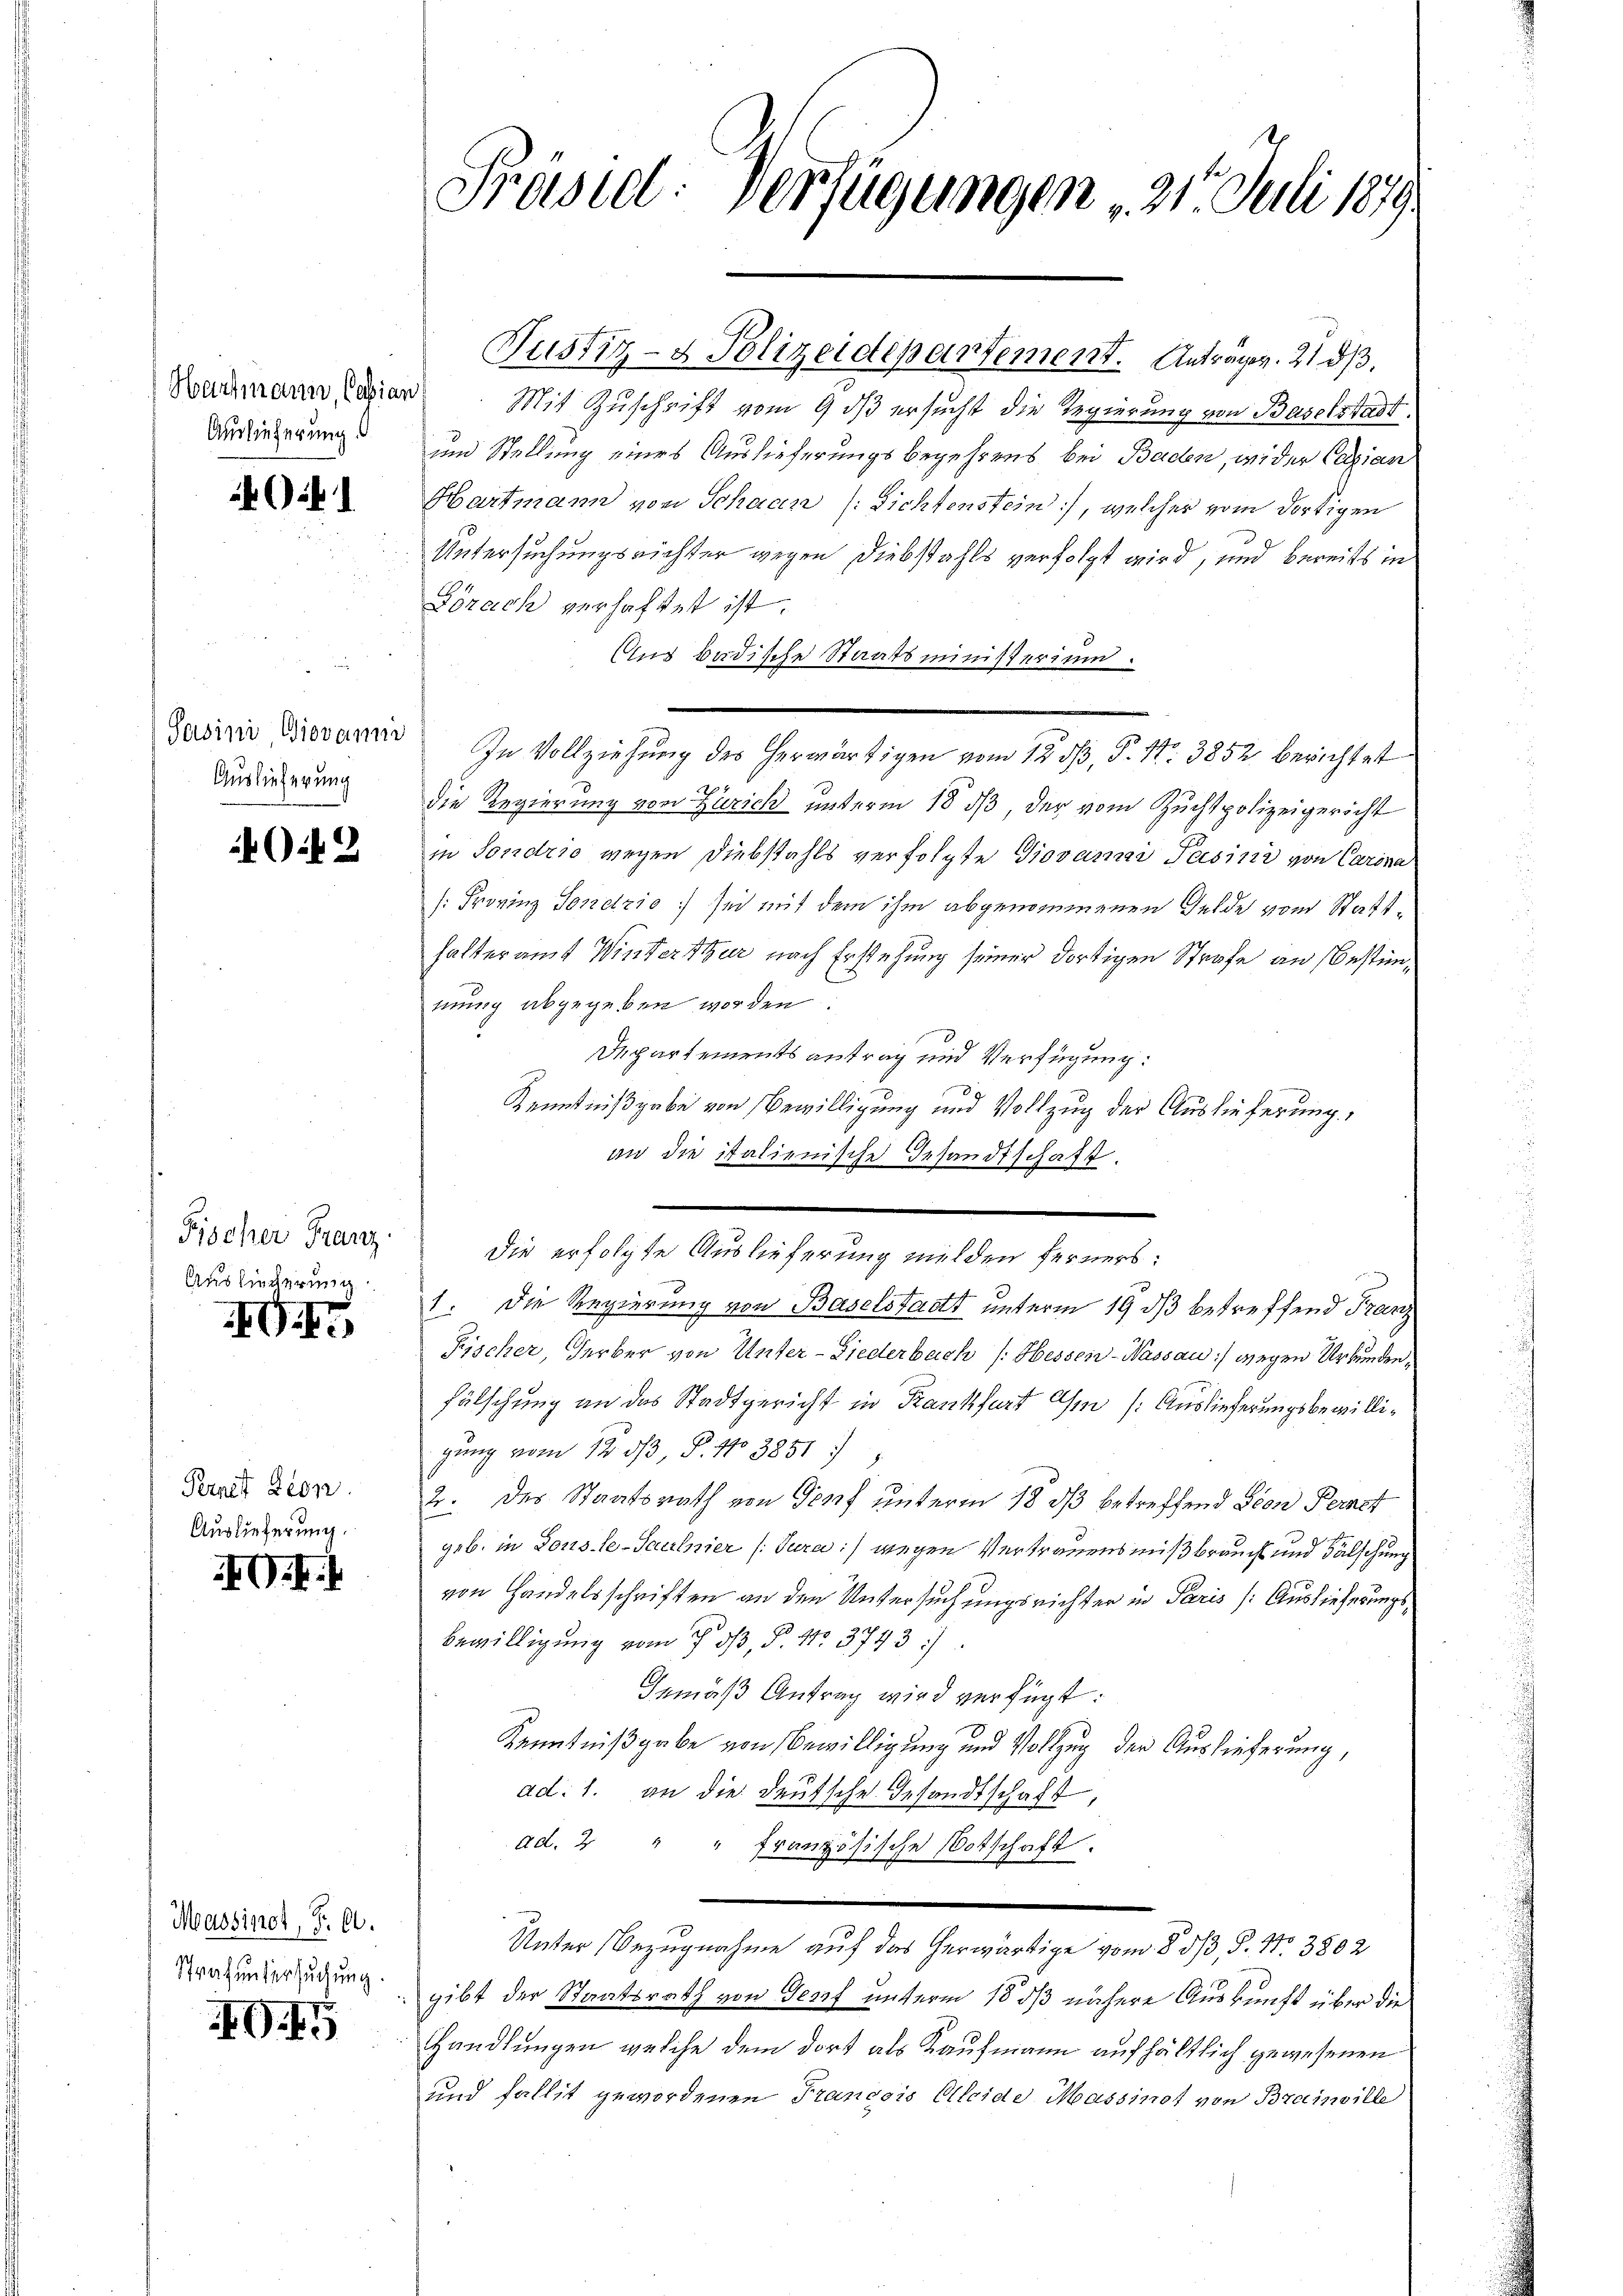
Auslieferung

k

Sasini, Giovann
Auslieferung

02

Fischer Franz
Ausliecherung

G

Pernet Leon
Auslieferung.

G

Massinet, F. A.
Strafuntersuchung.

G.15

Präsid. Verfügungen 21. Juli 1879.

Koaumann Capier. Mit Zuschrift vom 9 dß ersucht die Regierung von Baselstadt.
und Stellung eines Auslieferungsbegehrens bei Baden, wider Cazian
Hartmann von Schaan (Fichtenstein), welcher vom dortigen
Untersuchungsrichter wegen Diebstahls verfolgt wird, und bereits in
Sonach verhaftet ist.
Aus bedische Staatsministerium.
In Vollziehung des herwärtigen vom 12. ds, P. Nr. 3852 berichtet
die Regierung von Zürich unterm 18 ds, der vom Zuchtpolizeigericht
in Sondrio wegen Diebstahls verfolgte Giovamar Pasini von Carina
[Frovinz Sendrio) sich mit dem ihm abgenommenen Felde vom Statthalteramt Winterthur nach Erstehung seiner dortigen Strafe an Bestimmung abgegeben worden.
Departements antrag und Verfügung:
Kenntnißgabe von Bewilligung und Vollzug der Auslieferung,
an die italienische Gesandtschaft.
die erfolgte Auslieferung melden ferners:
1. Die Regierung von Baselstadt unterm 19. dβ betreffend Franz
Fischer, Herber von Unter-Liederbach /: Hessen-Wassau :/ wegen Urkunden,
fälschung an das Stadtgericht in Krankfurt Ihm (Auslieferungsbewilligung vom 12. dβ, P. No 3851
2. des Staatsrath von Genf unterm 18. dβ betreffend Leon Pernst
geb. in Lous le-Saulnier /:Jura :/ wegen Vertrauens mißbrauch und Fälschung
von Handelsschriften an den Untersuchungsrichter in Paris (Auslieferungs¬
Bewilligung vom 7. d. P. Nr. 3793 :/
Iemäß Antrag wird verfügt:
Kenntnißgabe von Bewilligung und Vollzug der Auslieferung,
ad: 1. an die Deutsche Gesandtschaft,
ad. 2 " " französische Botschaft.
Unter Bezugnahme auf das herwärtige vom 8. 33, S. Nr. 3802
gibt der Staatsrath von Genf unterm 18 1/3 nähere Auskunft über die
Handlungen welche dem dort als Kaufmann aufhältlich gewesenen
und fallit gewordenen Francois Oleide Massinot von Brainville

Justiz- & Polizeidepartement. Anträger. 21 d